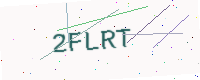
Text: 2FLRT